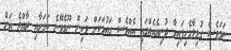
ނަމަވެސް ގުޅިލާމެހިފައިވާ ދުނިޔެއެއްގައި އެއްވެސް ގައުމަކަށް ވަކިން ނޫޅެވޭނެ ކަމަށާއި ރާއްޖެ އަށް